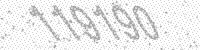
Solution: 119190